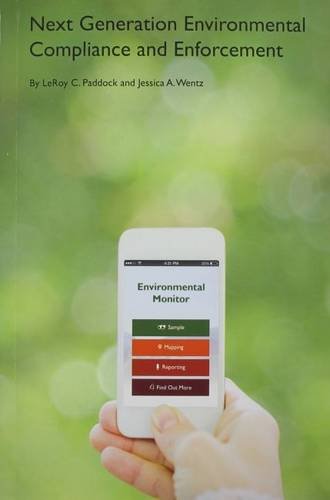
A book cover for Next Generation Environmental Compliance and Enforcement (Environmental Law Institute); Lee Paddock; Law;